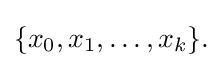
{\textstyle \{x_{0},x_{1},\ldots ,x_{k}\}.}